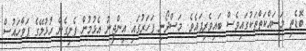
ބޮޑެތި މަސައްކަތްތަކުގައިވެސް ބައިވެރިފައެވެ. މަސްދޯނި ފަހަރުގައި އިންޖީނު އެޅުމުން ފެށިގެން ހުޅުލޭގެ ޕަވާހައުސް